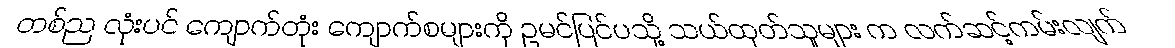
တစ်ည လုံးပင် ကျောက်တုံး ကျောက်စများကို ဥမင်ပြင်ပသို့ သယ်ထုတ်သူများ က လက်ဆင့်ကမ်းလျက်